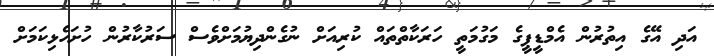
އަދި އޭގެ އިތުރުން އެމްޑީޕީގެ މަގުމަތީ ހަރަކާތްތައް ކުރިއަށް ނުގެންދިޔުމަށްވެސް ސަރުކާރުން ހުށަހެޅިކަމަށް